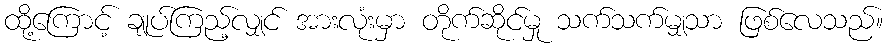
ထို့ကြောင့် ချုပ်ကြည့်လျှင် အားလုံးမှာ တိုက်ဆိုင်မှု သက်သက်မျှသာ ဖြစ်လေသည်။